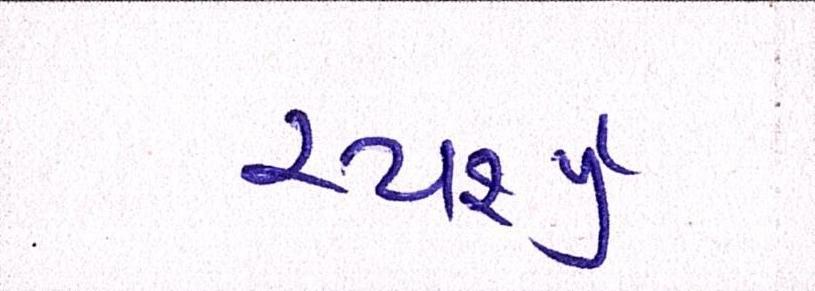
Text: સ્પર્શ્યું